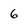
Character: 6